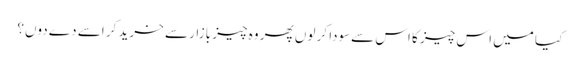
کیا میں اس چیز کا اس سےسودا کر لوں پھر وہ چیز بازار سے خرید کر اسے دے دوں؟